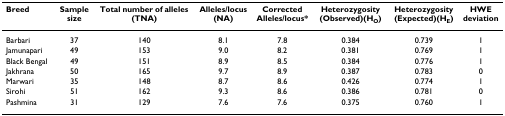
| Breed | Sample size | Total number of alleles (TNA) | Alleles/locus (NA) | Corrected Alleles/locus* | Heterozygosity (Observed)(HO) | Heterozygosity (Expected)(HE) | HWE deviation |
 | --- | --- | --- | --- | --- | --- | --- | --- |
 | Barbari | 37 | 140 | 8.1 | 7.8 | 0.384 | 0.739 | 1 |
 | Jamunapari | 49 | 153 | 9.0 | 8.2 | 0.381 | 0.769 | 1 |
 | Black Bengal | 49 | 151 | 8.9 | 8.5 | 0.384 | 0.776 | 1 |
 | Jakhrana | 50 | 165 | 9.7 | 8.9 | 0.387 | 0.783 | 0 |
 | Marwari | 35 | 148 | 8.7 | 8.6 | 0.426 | 0.774 | 1 |
 | Sirohi | 51 | 162 | 9.3 | 8.6 | 0.386 | 0.781 | 0 |
 | Pashmina | 31 | 129 | 7.6 | 7.6 | 0.375 | 0.760 | 1 |